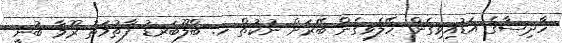
ހާދިސާގެ އަޑުއިވިގެން ހޭލެވިގެން ބޭރަށް ނުކުތް ހ. ބްލޫބަރޑު ފާތުމަތު ރޫމާ ބުނީ